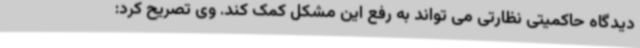
دیدگاه حاکمیتی نظارتی می تواند به رفع این مشکل کمک کند. وی تصریح کرد: